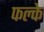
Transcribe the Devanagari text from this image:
फल्के